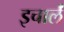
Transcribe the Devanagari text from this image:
इचार्लं